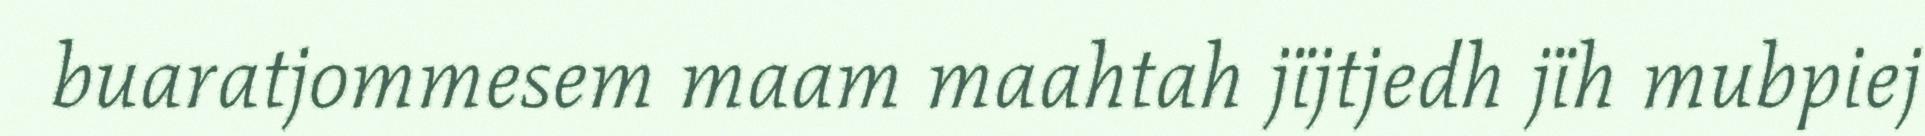
buaratjommesem maam maahtah jïjtjedh jïh mubpiej